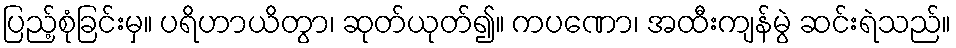
ပြည့်စုံခြင်းမှ။ ပရိဟာယိတွာ၊ ဆုတ်ယုတ်၍။ ကပဏော၊ အထီးကျန်မွဲ ဆင်းရဲသည်။